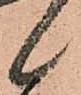
日